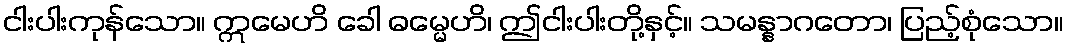
ငါးပါးကုန်သော။ ဣမေဟိ ခေါ ဓမ္မေဟိ၊ ဤငါးပါးတို့နှင့်။ သမန္နာဂတော၊ ပြည့်စုံသော။